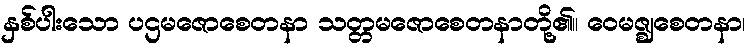
နှစ်ပါးသော ပဌမဇောစေတနာ သတ္တမဇောစေတနာတို့၏။ ဝေမဇ္ဈစေတနာ၊